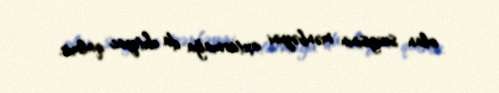
olan sevgisinin mənbəyini axtarmağa da ehtiyac qalmır.